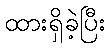
ထားရှိခဲ့ပြီး